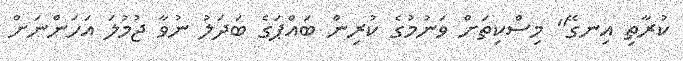
ކުރާތި އިނގޭ" މިސްކިތަށް ވަނުމުގެ ކުރިން ބައްޕަގެ ބަދަލު ނުވާ ޖުމުލަ އަހަންނަށް